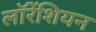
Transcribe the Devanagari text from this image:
लॉरेंशियन